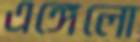
এঙ্গেলো